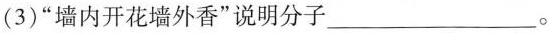
(3)“墙内开花墙外香”说明分子 ___。